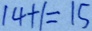
1 4 + 1 = 1 5